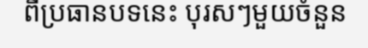
ពីប្រធានបទនេះ បុរសៗមួយចំនួន